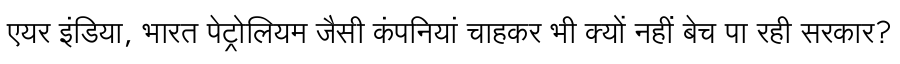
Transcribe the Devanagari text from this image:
एयर इंडिया, भारत पेट्रोलियम जैसी कंपनियां चाहकर भी क्यों नहीं बेच पा रही सरकार?